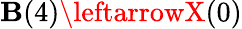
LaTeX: \mathbf{B}(4)\leftarrowX(0)